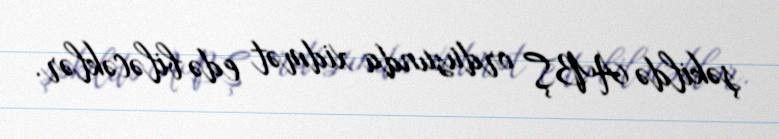
şəkildə ABŞ ordusunda xidmət edə biləcəklər.